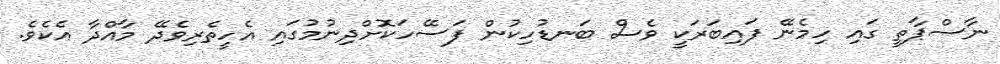
ނާސްޕާތީ ގައި ހިމެނޭ ފައިބަރަކީ ވެސް ބަނޑުހިކުން ފަސޭހަކޮށްދިނުމުގައި އެހީތެރިވެދޭ މާއްދާ އެކެވެ.